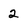
Character: 2